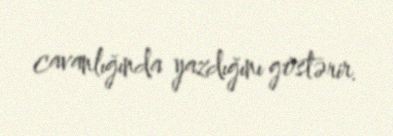
cavanlığında yazdığını göstərir.